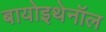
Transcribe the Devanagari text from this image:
बायोइथेनॉल